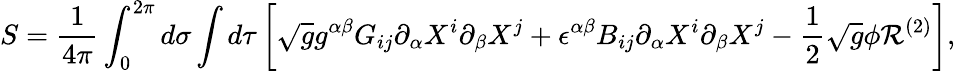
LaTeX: S={\frac{1}{4\pi}}\int_{0}^{2\pi}d\sigma\int d\tau\left[\sqrt{g}g^{\alpha\beta}G_{ij}\partial_{\alpha}X^{i}\partial_{\beta}X^{j}+\epsilon^{\alpha\beta}B_{ij}\partial_{\alpha}X^{i}\partial_{\beta}X^{j}-{\frac{1}{2}}\sqrt{g}\phi{\cal R}^{(2)}\right],